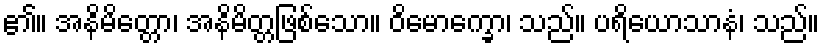
၏။ အနိမိတ္တော၊ အနိမိတ္တဖြစ်သော။ ဝိမောက္ခော၊ သည်။ ပရိယောသာနံ၊ သည်။